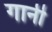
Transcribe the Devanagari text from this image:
गार्नी